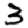
Digit: 3